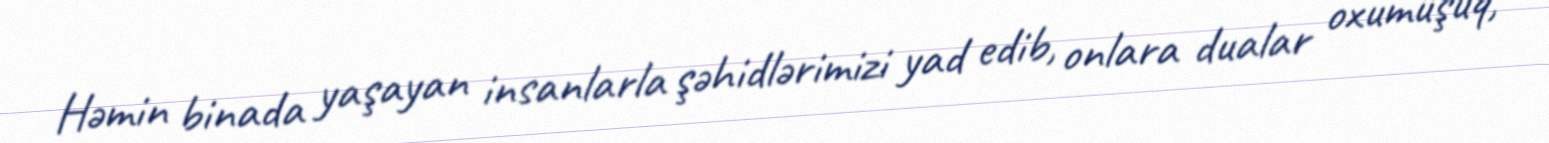
Həmin binada yaşayan insanlarla şəhidlərimizi yad edib, onlara dualar oxumuşuq,